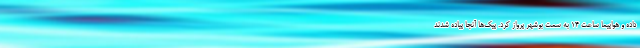
داده و هواپیما ساعت ۱۴ به سمت بوشهر پرواز کرد. پیک‌ها آنجا پیاده شدند